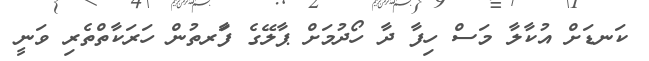
ކަނޑަށް އުކާލާ މަސް ހިފާ ދާ ހޯދުމަށް ޕާލޭގެ ފަާރތުން ހަރަކާތްތެރި ވަނީ